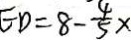
E D = 8 - \frac { 4 } { 5 } x